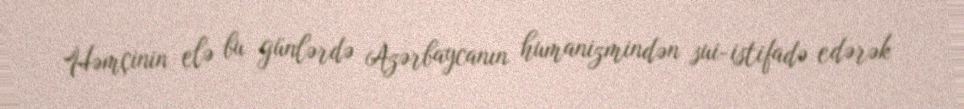
Həmçinin elə bu günlərdə Azərbaycanın humanizmindən sui-istifadə edərək